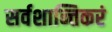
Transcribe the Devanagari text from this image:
सर्वशान्तिकरं